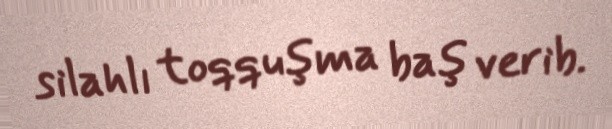
silahlı toqquşma baş verib.